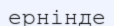
ернінде